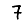
Digit: 7